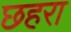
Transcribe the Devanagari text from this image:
छहरा